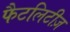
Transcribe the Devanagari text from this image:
फैटलिटीज़